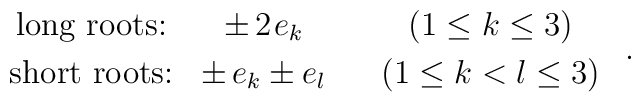
\begin{array}{cccc}         \mbox{long roots:}  & \pm \, 2 \>\! e_k  & & (1 \leq k \leq 3)         \\[1mm]         \mbox{short roots:} & \pm \, e_k \pm e_l & & (1 \leq k < l \leq 3)        \end{array}~.